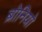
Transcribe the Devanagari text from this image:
ब्रोनियो